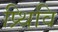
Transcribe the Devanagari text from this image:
प्र्थिवि